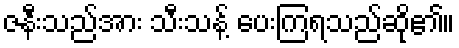
ဇနီးသည်အား သီးသန့် ပေးကြရသည်ဆို၏။